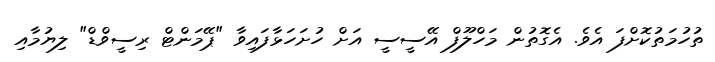
ތުހުމަތުކޮށްފަ އެވެ. އެގޮތުން މަހްލޫފް އޭސީސީ އަށް ހުށަހަޅާފައިވާ "ޕޭމަންޓް ރިސީވްޑް" ލިޔުމާއި